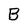
Character: B